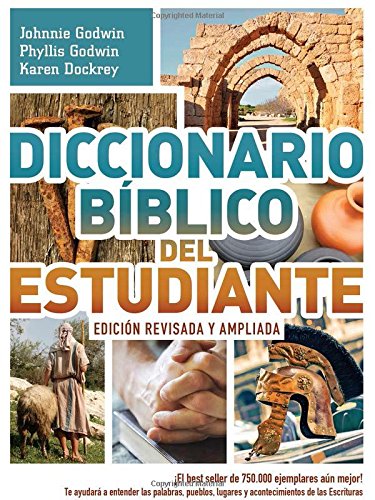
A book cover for Diccionario bÃ­blico del estudiante -> EdiciÃ³n revisada y ampliada: Â¡El best seller de 750.000 ejemplares aÃºn mejor! / Te ayudarÃ¡ a entender las ... de las Escrituras (Spanish Edition); Johnnie Godwin; Christian Books & Bibles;